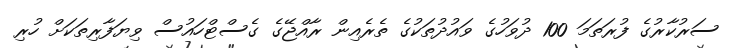
ސަރުކާރުގެ ފުރަތަމަ 100 ދުވަހުގެ ވައުދުތަކުގެ ތެރެއިން ރާއްޖޭގެ ގެސްޓްހައުސް ވިޔަފާރިތަކަށް ހުރި